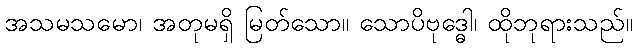
အသမသမော၊ အတုမရှိ မြတ်သော။ သောပိဗုဒ္ဓေါ၊ ထိုဘုရားသည်။